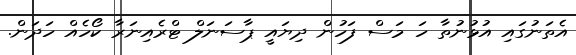
އެތަނުގައި އުޅުނުތާ ހަ މަސް ފަހުން ދިޔައީ ޕާސަނަލް ޓްރެއިނަރާ ކޯހެއް ހަދަން.